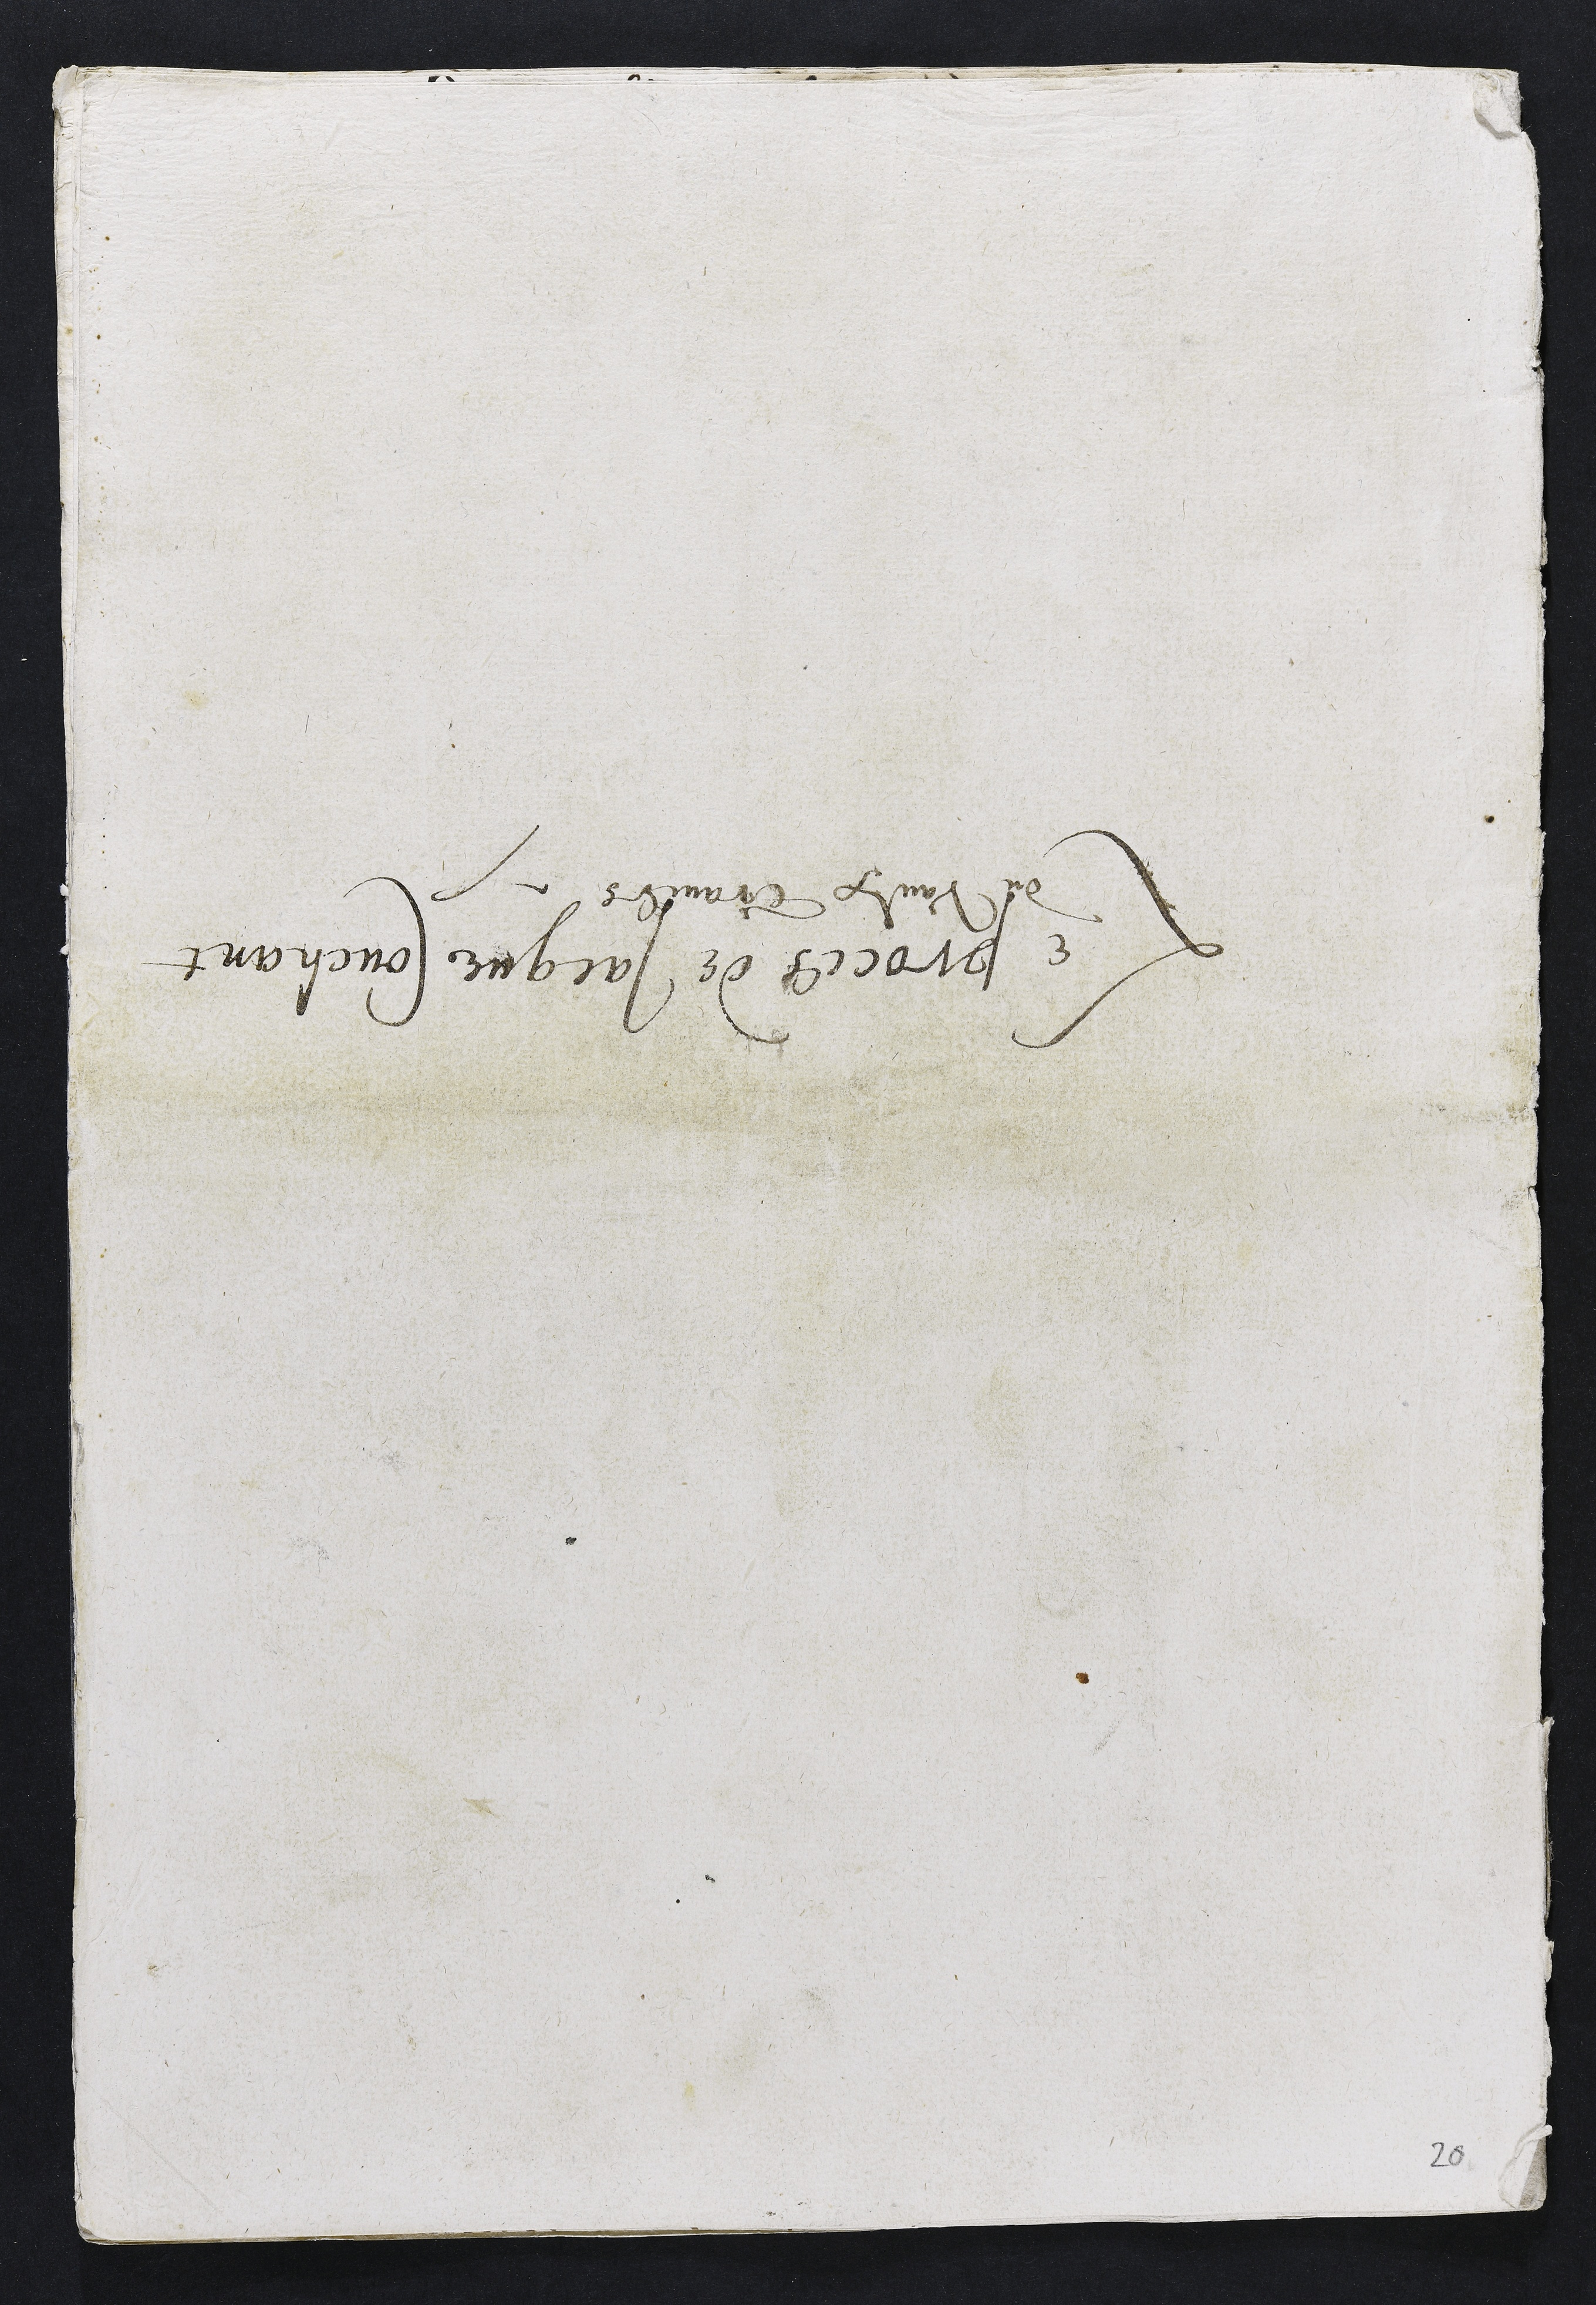
Le proces de Jacques Couchantcond en bras 10 ang 3.
de Vaulx Travers

20